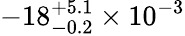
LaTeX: -18_{-0.2}^{+5.1}\times 10^{-3}